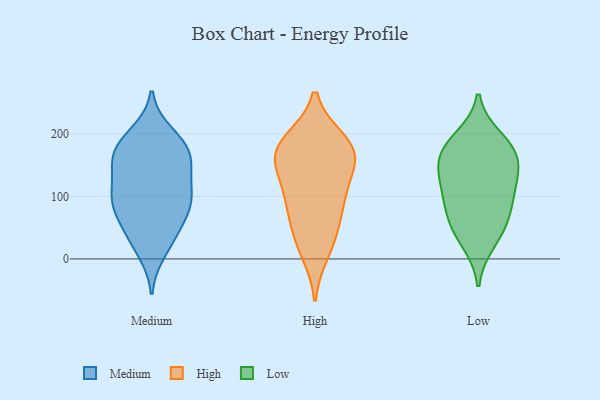
{"axis": {"x": "Bounce Rate (%)", "y": "Value"}, "legend": ["High", "Low", "Medium"], "data": [{"x": "", "y": 74, "type": "Medium"}, {"x": "", "y": 151, "type": "Medium"}, {"x": "", "y": 91, "type": "Medium"}, {"x": "", "y": 98, "type": "Medium"}, {"x": "", "y": 101, "type": "Medium"}, {"x": "", "y": 167, "type": "Medium"}, {"x": "", "y": 12, "type": "Medium"}, {"x": "", "y": 171, "type": "Medium"}, {"x": "", "y": 33, "type": "Medium"}, {"x": "", "y": 180, "type": "Medium"}, {"x": "", "y": 64, "type": "Medium"}, {"x": "", "y": 110, "type": "Medium"}, {"x": "", "y": 156, "type": "Medium"}, {"x": "", "y": 141, "type": "Medium"}, {"x": "", "y": 39, "type": "Medium"}, {"x": "", "y": 200, "type": "Medium"}, {"x": "", "y": 94, "type": "Medium"}, {"x": "", "y": 189, "type": "Medium"}, {"x": "", "y": 11, "type": "High"}, {"x": "", "y": 158, "type": "High"}, {"x": "", "y": 92, "type": "High"}, {"x": "", "y": 94, "type": "High"}, {"x": "", "y": 161, "type": "High"}, {"x": "", "y": 189, "type": "High"}, {"x": "", "y": 52, "type": "High"}, {"x": "", "y": 141, "type": "High"}, {"x": "", "y": 32, "type": "High"}, {"x": "", "y": 165, "type": "High"}, {"x": "", "y": 99, "type": "High"}, {"x": "", "y": 184, "type": "High"}, {"x": "", "y": 184, "type": "High"}, {"x": "", "y": 170, "type": "Low"}, {"x": "", "y": 170, "type": "Low"}, {"x": "", "y": 138, "type": "Low"}, {"x": "", "y": 94, "type": "Low"}, {"x": "", "y": 193, "type": "Low"}, {"x": "", "y": 88, "type": "Low"}, {"x": "", "y": 136, "type": "Low"}, {"x": "", "y": 59, "type": "Low"}, {"x": "", "y": 51, "type": "Low"}, {"x": "", "y": 175, "type": "Low"}, {"x": "", "y": 27, "type": "Low"}, {"x": "", "y": 118, "type": "Low"}]}